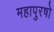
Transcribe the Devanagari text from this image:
महापुरषो